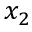
x _ { 2 }